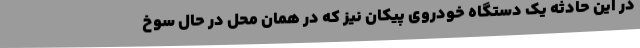
در این حادثه یک دستگاه خودروی پیکان نیز که در همان محل در حال سوخ